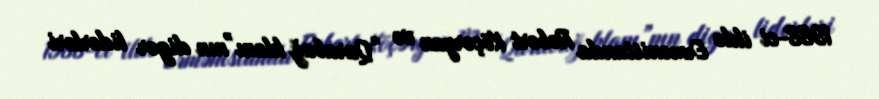
1988-ci ildə Ermənistanda Robert Köçəryan və “Qarabağ klanı”nın digər liderləri